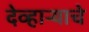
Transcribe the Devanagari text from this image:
देव्हाऱ्याचे